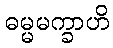
ဓမ္မမက္ခာဟိ